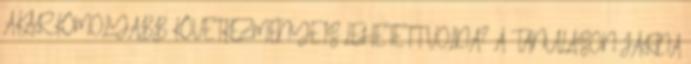
AKÁR KOMOLYABB KÖVETKEZMÉNYE IS LEHETETT VOLNA? A TANULÁSON JÁRNA